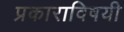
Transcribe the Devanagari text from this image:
प्रकाराविषयी